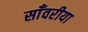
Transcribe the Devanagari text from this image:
साँवरीया